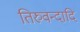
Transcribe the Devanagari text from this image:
तिरुवन्दादि